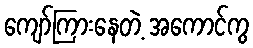
ကျော်ကြားနေတဲ့ အကောင်ကွ